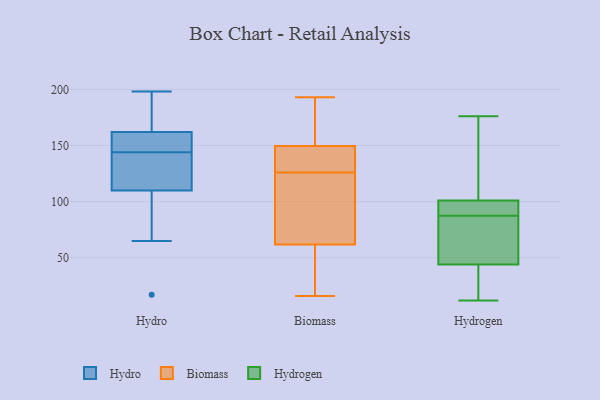
{"axis": {"x": "Waste Production (Tons)", "y": "Value"}, "legend": ["Biomass", "Hydro", "Hydrogen"], "data": [{"x": "", "y": 156, "type": "Hydro"}, {"x": "", "y": 148, "type": "Hydro"}, {"x": "", "y": 140, "type": "Hydro"}, {"x": "", "y": 65, "type": "Hydro"}, {"x": "", "y": 168, "type": "Hydro"}, {"x": "", "y": 17, "type": "Hydro"}, {"x": "", "y": 112, "type": "Hydro"}, {"x": "", "y": 108, "type": "Hydro"}, {"x": "", "y": 130, "type": "Hydro"}, {"x": "", "y": 198, "type": "Hydro"}, {"x": "", "y": 187, "type": "Hydro"}, {"x": "", "y": 149, "type": "Hydro"}, {"x": "", "y": 137, "type": "Biomass"}, {"x": "", "y": 63, "type": "Biomass"}, {"x": "", "y": 94, "type": "Biomass"}, {"x": "", "y": 151, "type": "Biomass"}, {"x": "", "y": 126, "type": "Biomass"}, {"x": "", "y": 16, "type": "Biomass"}, {"x": "", "y": 149, "type": "Biomass"}, {"x": "", "y": 58, "type": "Biomass"}, {"x": "", "y": 170, "type": "Biomass"}, {"x": "", "y": 37, "type": "Biomass"}, {"x": "", "y": 193, "type": "Biomass"}, {"x": "", "y": 131, "type": "Biomass"}, {"x": "", "y": 83, "type": "Biomass"}, {"x": "", "y": 44, "type": "Hydrogen"}, {"x": "", "y": 91, "type": "Hydrogen"}, {"x": "", "y": 124, "type": "Hydrogen"}, {"x": "", "y": 49, "type": "Hydrogen"}, {"x": "", "y": 84, "type": "Hydrogen"}, {"x": "", "y": 17, "type": "Hydrogen"}, {"x": "", "y": 92, "type": "Hydrogen"}, {"x": "", "y": 12, "type": "Hydrogen"}, {"x": "", "y": 176, "type": "Hydrogen"}, {"x": "", "y": 101, "type": "Hydrogen"}]}